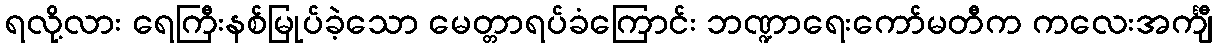
ရလို့လား ရေကြီးနစ်မြုပ်ခဲ့သော မေတ္တာရပ်ခံကြောင်း ဘဏ္ဍာရေးကော်မတီက ကလေးအင်္ကျီ